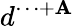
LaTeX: d^{\cdots+\mathbf{A}}